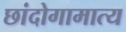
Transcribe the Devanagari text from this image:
छांदोगामात्य